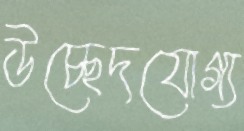
উচ্ছেদযোগ্য